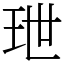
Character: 玴